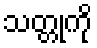
သတ္တုကို